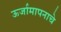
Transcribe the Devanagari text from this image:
ऊर्जामापनाचे